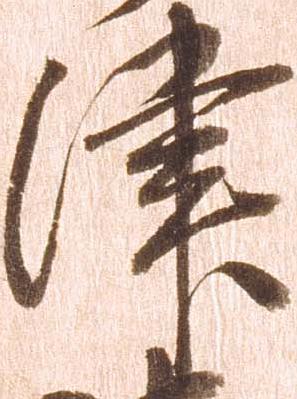
津